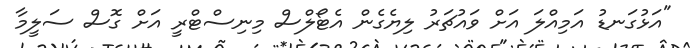
"އަޅުގަނޑު އަމިއްލަ އަށް ވައުޗަރު ލިޔެގެން އެޓޯލްސް މިނިސްޓްރީ އަށް ގޮސް ސަލީމާ